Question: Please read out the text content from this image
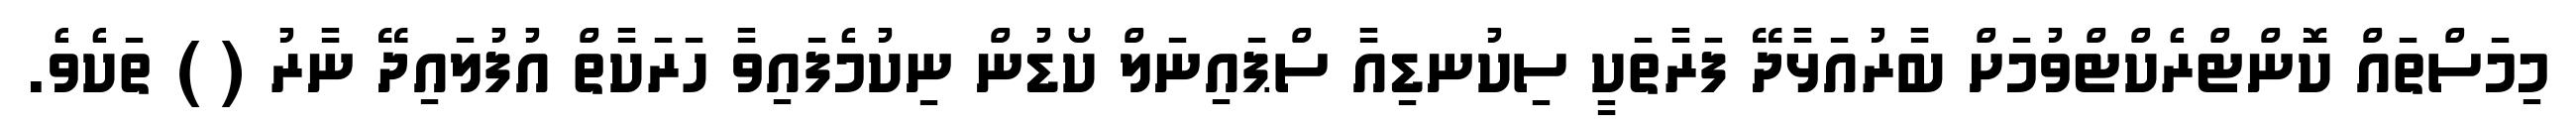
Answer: މިމަސްތައް ކޮންޓްރެކްޓްވުމަށް ބާރުއަޅާދޭ ފަރާތަކީ ސިކުނޑިއާ ސްޕައިނަލް ކޯޑުން ނިކުމެފައިވާ ހަރަކާތް އުފުލައިދޭ ނާރު ( ) ތަކެވެ.